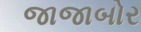
જાજાબોર